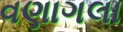
વણાગલા